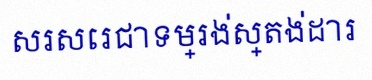
សរសេរជាទម្រង់ស្តង់ដារ